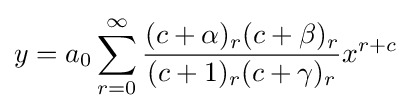
y=a_{0}\sum _{r=0}^{\infty }{\frac {(c+\alpha )_{r}(c+\beta )_{r}}{(c+1)_{r}(c+\gamma )_{r}}}x^{r+c}